Report of the Indian Hemp Drugs Commission, 1894-1895 - Volume V
Year: 1894
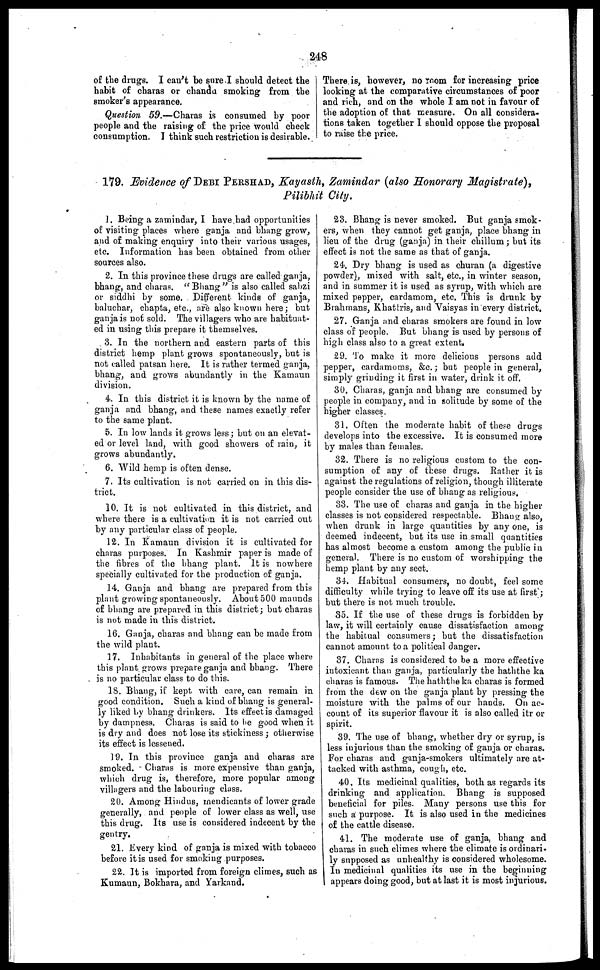
248
of the drugs. I can't be sure I should detect the
habit of charas or chandu smoking from the
smoker's appearance.
Question 59.—Charas is consumed by poor
people and the raising of the price would check
consumption. I think such restriction is desirable.
There is, however, no room for increasing price
looking at the comparative circumstances of poor
and rich, and on the whole I am not in favour of
the adoption of that measure. On all considera-
tions taken together I should oppose the proposal
to raise the price.
179. Evidence of DEBI PERSHAD, Kayasth, Zamindar (also Honorary Magistrate),
Pilibhit City.
1. Being a zamindar, I have had opportunities
of visiting places where ganja and bhang grow,
and of making enquiry into their various usages,
etc. Information has been obtained from other
sources also.
2. In this province these drugs are called ganja,
bhang, and charas. "Bhang" is also called sabzi
or siddhi by some. Different kinds of ganja,
baluchar, chapta, etc., are also known here ; but
ganja is not sold. The villagers who are habituat-
ed in using this prepare it themselves.
3. In the northern and eastern parts of this
district hemp plant grows spontaneously, but is
not called patsan here. It is rather termed ganja,
bhang, and grows abundantly in the Kamaun
division.
4. In this district it is known by the name of
ganja and bhang, and these names exactly refer
to the same plant.
5. In low lands it grows less ; but on an elevat-
ed or level land, with good showers of rain, it
grows abundantly.
6. Wild hemp is often dense.
7. Its cultivation is not carried on in this dis-
trict.
10. It is not cultivated in this district, and
where there is a cultivation it is not carried out
by any particular class of people.
12. In Kamaun division it is cultivated for
charas purposes. In Kashmir paper is made of
the fibres of the bhang plant. It is nowhere
specially cultivated for the production of ganja.
14. Ganja and bhang are prepared from this
plant growing spontaneously. About 500 maunds
of bhang are prepared in this district; but charas
is not made in this district.
16. Ganja, charas and bhang can be made from
the wild plant.
17. Inhabitants in general of the place where
this plant grows prepare ganja and bhang. There
is no particular class to do this.
18. Bhang, if kept with care, can remain in
good condition. Such a kind of bhang is general-
ly liked by bhang drinkers. Its effect is damaged
by dampness. Charas is said to be good when it
is dry and does not lose its stickiness ; otherwise
its effect is lessened.
19. In this province ganja and charas are
smoked. Charas is more expensive than ganja,
which drug is, therefore, more popular among
villagers and the labouring class.
20. Among Hindus, mendicants of lower grade
generally, and people of lower class as well, use
this drug. Its use is considered indecent by the
gentry.
21. Every kind of ganja is mixed with tobacco
before it is used for smoking purposes.
22. It is imported from foreign climes, such as
Kumaun, Bokhara, and Yarkand.
23. Bhang is never smoked. But ganja smok-
ers, when they cannot get ganja, place bhang in
lieu of the drug (ganja) in their chillum ; but its
effect is not the same as that of ganja.
24. Dry bhang is used as churan (a digestive
powder), mixed with salt, etc., in winter season,
and in summer it is used as syrup, with which are
mixed pepper, cardamom, etc. This is drunk by
Brahmans, Khattris, and Vaisyas in every district.
27. Ganja and charas smokers are found in low
class of people. But bhang is used by persons of
high class also to a great extent,
29. To make it more delicious persons add
pepper, cardamoms, &c.; but people in general,
simply grinding it first in water, drink it off.
30. Charas, ganja and bhang are consumed by
people in company, and in solitude by some of the
higher classes
31. Often the moderate habit of the?e drugs
develops into the excessive. It is consumed more
by males than females.
32. There is no religious custom to the con-
sumption of any of these drugs. Rather it is
against the regulations of religion, though illiterate
people consider the use of bhang as religious.
33. The use of charas and ganja in the higher
classes is not considered respectable. Bhang also,
when drunk in large quantities by any one, is
deemed indecent, but its use in small quantities
has almost become a custom among the public in
general. There is no custom of worshipping the
hemp plant by any sect.
3-1. Habitual consumers, no doubt, feel some
difficulty while trying to leave off its use at first ;
but there is not much trouble.
35. If the use of these drugs is forbidden by
law, it will certainly cause dissatisfaction among
the habitual consumers; but the dissatisfaction
cannot amount to a political danger.
37. Charas is considered to be a more effective
intoxicant than ganja, particularly the haththe ka
charas is famous. The haththe ka charas is formed
from the dew on the ganja plant by pressing the
moisture with the palms of our hands. On ac-
count of its superior flavour it is also called itr or
spirit.
39. The use of bhang, whether dry or syrup, is
less injurious than the smoking of ganja or charas.
For charas and ganja-smokers ultimately are at-
tacked with asthma, cough, etc.
40. Its medicinal qualities, both as regards its
drinking and application. Bhang is supposed
beneficial for piles. Many persons use this for
such a purpose. It is also used in the medicines
of the cattle disease.
41. The moderate use of ganja, bhang and
charas in such climes where the climate is ordinari-
ly supposed as unhealthy is considered wholesome.
In medicinal qualities its use in the beginning
appears doing good, but at last it is most injurious.